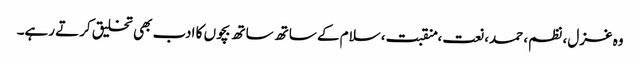
وہ غزل، نظم، حمد، نعت، منقبت، سلام کے ساتھ ساتھ بچوں کا ادب بھی تخلیق کرتے رہے۔